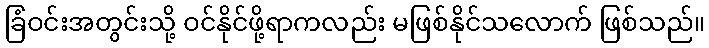
ခြံဝင်းအတွင်းသို့ ဝင်နိုင်ဖို့ရာကလည်း မဖြစ်နိုင်သလောက် ဖြစ်သည်။